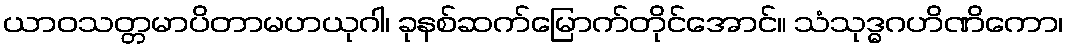
ယာဝသတ္တမာပိတာမဟယုဂါ၊ ခုနစ်ဆက်မြောက်တိုင်အောင်။ သံသုဒ္ဓဂဟိဏိကော၊